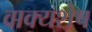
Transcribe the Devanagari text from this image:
वाक्यशेष